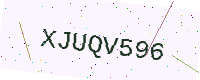
Text: XJUQV596